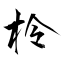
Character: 柃